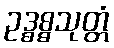
ဥဒ္ဓစ္စသုတ္တံ